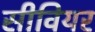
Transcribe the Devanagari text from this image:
सीवियर